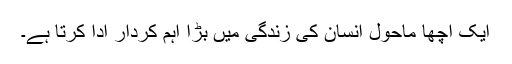
ایک اچھا ماحول انسان کی زندگی میں بڑا اہم کردار ادا کرتا ہے۔